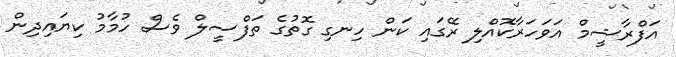
އަފްރާޝީމް އަވަހަރާކޮއްލި ރޭގައި ކަން ހިނގި ގޮތުގެ ތަފްސީލް ވެސް ހުމާމު ކިޔައިދިން